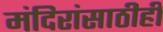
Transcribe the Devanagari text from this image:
मंदिरांसाठीही